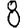
Digit: 8